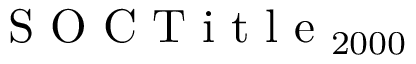
\mathrm { ~ S ~ O ~ C ~ T ~ i ~ t ~ l ~ e ~ } _ { 2 0 0 0 }